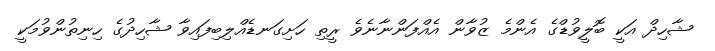
ޝާހިދް އަކީ ބޮލީވުޑްގެ އެންމެ ޒުވާން އެއްފަންނާނެވެ ރީތި ހަށިގަނޑެއްލިބިފައިވާ ޝާހިދުގެ ހިނިތުންވުމަކީ